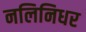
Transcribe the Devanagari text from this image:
नलिनिधर